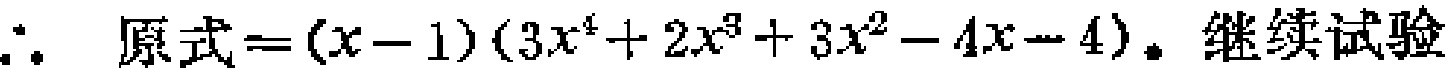
\(\therefore 原式=(x - 1)(3x^{4}+2x^{3}+3x^{2}-4x - 4). 继续试验\)